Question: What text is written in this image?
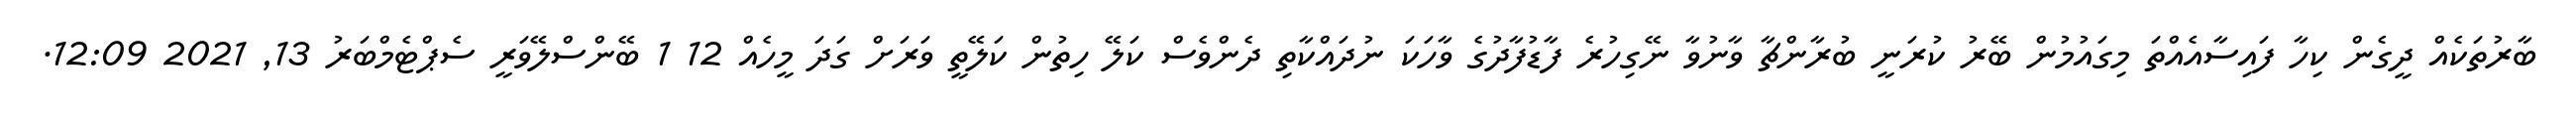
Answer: ބާރުތަކެއް ދީގެން ކިހާ ފައިސާއެއްތަ މިގައުމުން ބޭރު ކުރަނީ ބުރާންޗާ ވާނުވާ ނޭގިހުރެ ފާޑުފާދުގެ ވާހަކަ ނުދައްކާތި ދެންވެސް ކަލޭ ހިތުން ކަލޭތީ ވަރަށް ގަދަ މީހެއް 12 1 ބޭންސްލޭވަރީ ސެޕްޓެމްބަރު 13, 2021 12:09.